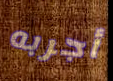
أجربه